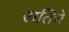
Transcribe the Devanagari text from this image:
सतिचे